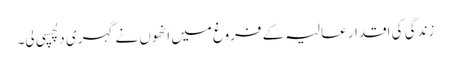
زندگی کی اقدار عالیہ کے فروغ میں انھوں نے گہری دلچسپی لی۔